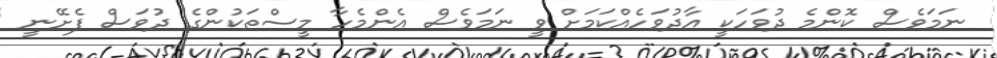
ނަމަވެސް ކޮންމެ ދުވަހަކީ އާދުވަހެއްކަމަށް ވީ ނަމަވެސް އެންމެހާ މީސްތަކުންގެ ދުވަސް ފެށޭނީ